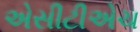
એસીટીએચ